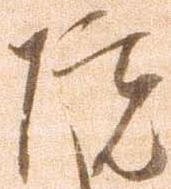
院